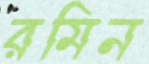
রমিন